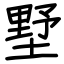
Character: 墅